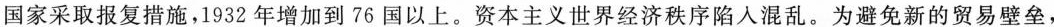
国家采取报复措施，1932年增加到76国以上。资本主义世界经济秩序陷入混乱。为避免新的贸易壁垒，